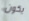
يكون